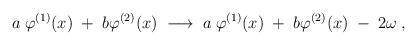
LaTeX: \begin{align*}a \; \varphi^{(1)}(x) \; + \; b \varphi^{(2)}(x) \; \longrightarrow \;a \; \varphi^{(1)}(x) \; + \; b \varphi^{(2)}(x) \; - \; 2 \omega \; ,\end{align*}